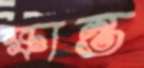
ক্ষান্ত